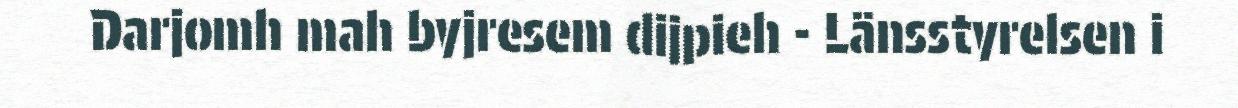
Darjomh mah byjresem dijpieh - Länsstyrelsen i